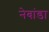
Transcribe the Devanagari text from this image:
नेबांडा